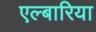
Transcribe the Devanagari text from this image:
एल्बारिया